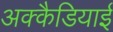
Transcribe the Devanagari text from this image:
अक्कैडियाई